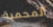
المحمية